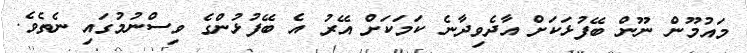
މައުމޫން ނޫން ބޭފުޅަކަށް އާދެވިދާނެ ކަމަކަށް އޭރު އެ ބޭފުޅުންގެ ވިސްނުމުގައި ނެތެވެ.